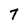
Character: 7